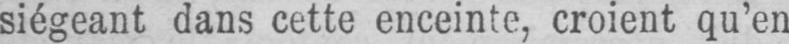
siégeant dans cette enceinte, croient qu’en